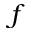
f